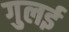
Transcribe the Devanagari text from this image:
गुलई